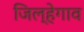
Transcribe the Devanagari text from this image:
जिल्हेगाव